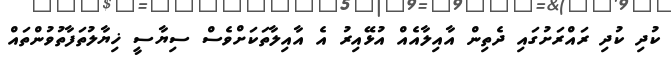
ކުދި ކުދި ރައްރަށުގައި ދެތިން އާއިލާއެއް އުޅޭއިރު އެ އާއިލާތަކަށްވެސް ސިޔާސީ ޚިޔާލުތަފާތުވުންތައް